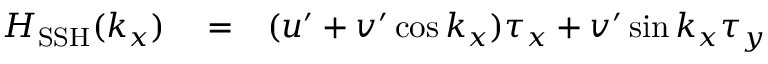
\begin{array} { r l r } { H _ { \mathrm { S S H } } ( k _ { x } ) } & { { } = } & { ( u ^ { \prime } + v ^ { \prime } \cos k _ { x } ) \tau _ { x } + v ^ { \prime } \sin k _ { x } \tau _ { y } } \end{array}